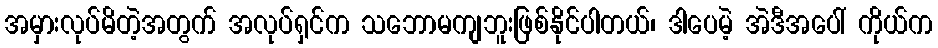
အမှားလုပ်မိတဲ့အတွက် အလုပ်ရှင်က သဘောမကျဘူးဖြစ်နိုင်ပါတယ်၊ ဒါပေမဲ့ အဲဒီအပေါ် ကိုယ်က